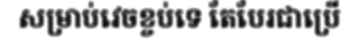
សម្រាប់វេចខ្ចប់ទេ តែបែរជាប្រើ